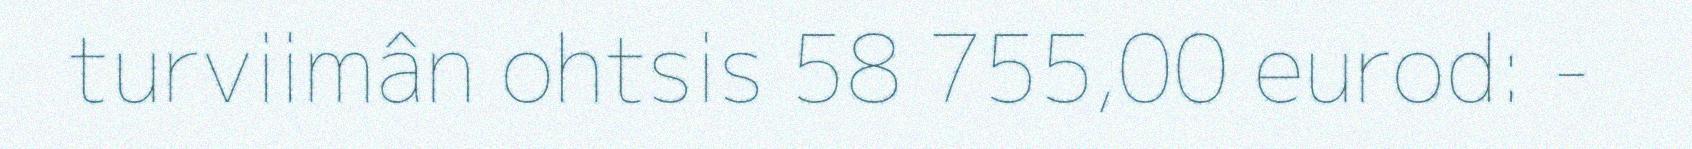
turviimân ohtsis 58 755,00 eurod: -